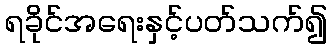
ရခိုင်အရေးနှင့်ပတ်သက်၍